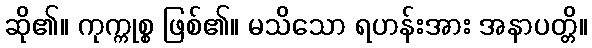
ဆို၏။ ကုက္ကုစ္စ ဖြစ်၏။ မသိသော ရဟန်းအား အနာပတ္တိ။